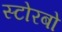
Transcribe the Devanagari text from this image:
स्टोरबो